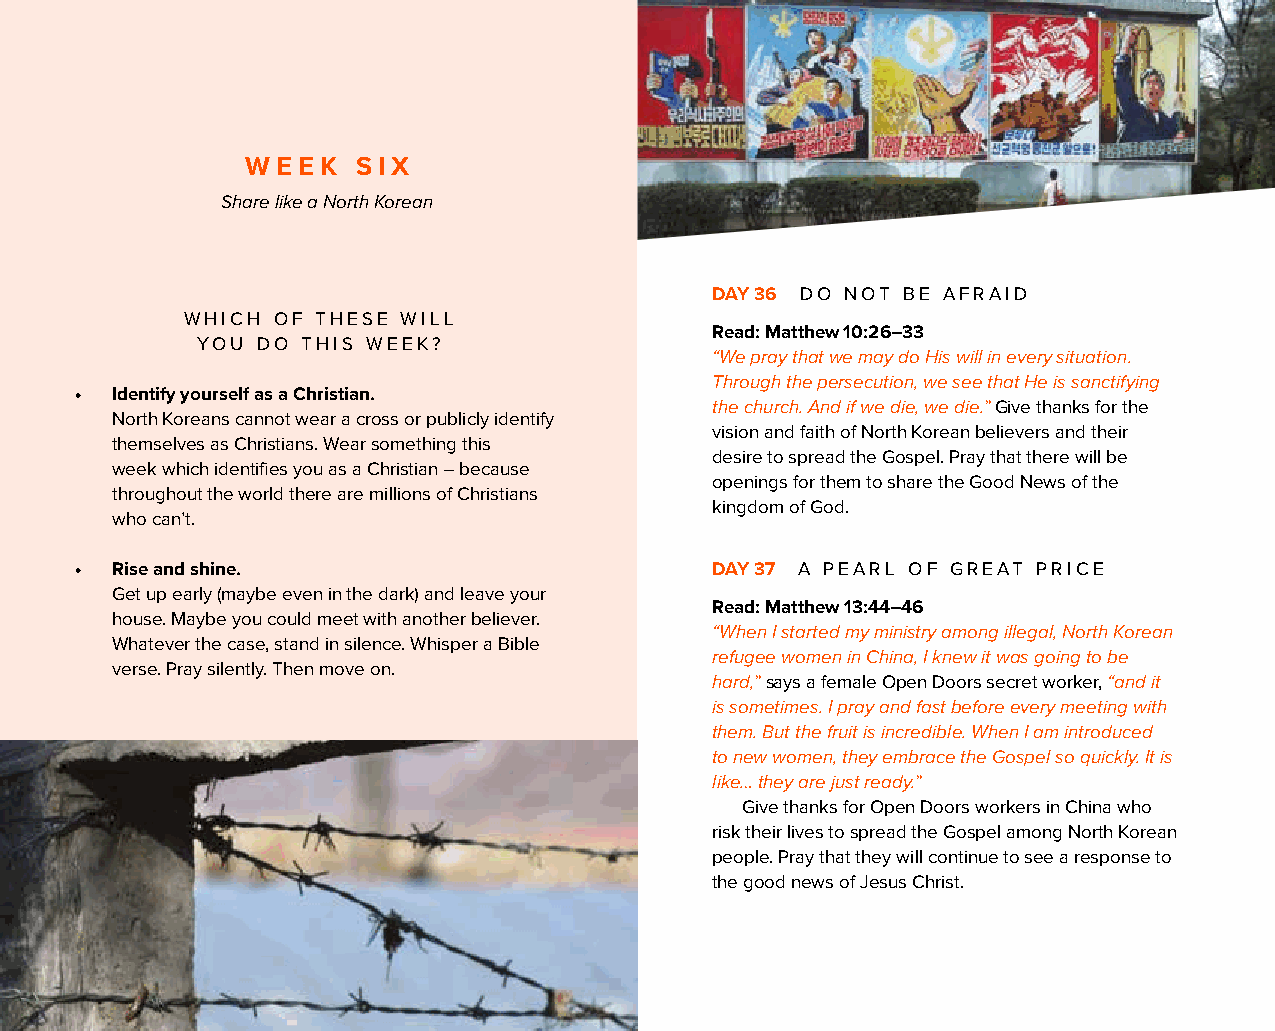
WEEK    SIX
 Share like a North Korean
 DAY 36 DO NOT BE AFRAID
 WHICH OF THESE WILL
 Read: Matthew 10:26–33
 YOU DO THIS WEEK?
 “We pray that we may do His will in every situation.
 Through the persecution, we see that He is sanctifying
 • Identify yourself as a Christian.
 the church. And if we die, we die.” Give thanks for the
 North Koreans cannot wear a cross or publicly identify
 vision and faith of North Korean believers and their
 themselves as Christians. Wear something this
 desire to spread the Gospel. Pray that there will be
 week which identifies you as a Christian – because
 openings for them to share the Good News of the
 throughout the world there are millions of Christians
 kingdom of God.
 who can’t.
 • Rise and shine.                         DAY 37 A PEARL OF GREAT PRICE
 Get up early (maybe even in the dark) and leave your
 Read: Matthew 13:44–46
 house. Maybe you could meet with another believer.
 “When I started my ministry among illegal, North Korean
 Whatever the case, stand in silence. Whisper a Bible
 refugee women in China, I knew it was going to be
 verse. Pray silently. Then move on.
 hard,” says a female Open Doors secret worker, “and it
 is sometimes. I pray and fast before every meeting with
 them. But the fruit is incredible. When I am introduced
 to new women, they embrace the Gospel so quickly. It is
 like… they are just ready.”
 Give thanks for Open Doors workers in China who
 risk their lives to spread the Gospel among North Korean
 people. Pray that they will continue to see a response to
 the good news of Jesus Christ.